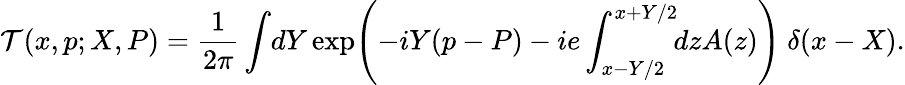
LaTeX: {\cal T}(x,p;X,P)=\frac{1}{2\pi}\int\! dY\exp\! \left(-iY(p-P)-ie\int_{x-Y/2}^{x+Y/2}\! \! dzA(z)\right)~\delta(x-X).